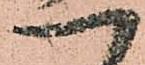
一